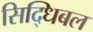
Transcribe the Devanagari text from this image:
सिद्धिबल